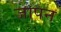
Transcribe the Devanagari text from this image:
जापन